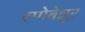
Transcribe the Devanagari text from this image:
रणेबेन्नूर